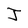
Character: J